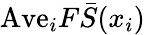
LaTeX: \mathrm{Ave}_{i}F\bar{S}(x_{i})